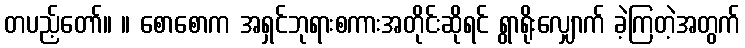
တပည့်တော်။ ။ စောစောက အရှင်ဘုရားစကားအတိုင်းဆိုရင် ရွာရိုးလျှောက် ခဲ့ကြတဲ့အတွက်